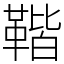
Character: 𩋧